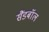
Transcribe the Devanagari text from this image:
सैंडबॉल